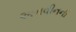
અનવીનની